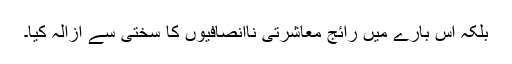
بلکہ اس بارے میں رائج معاشرتی ناانصافیوں کا سختی سے ازالہ کیا۔